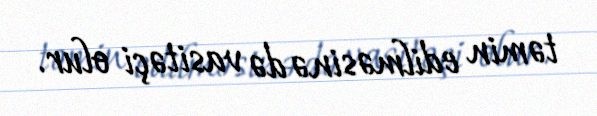
təmin edilməsinə də vasitəçi olur.